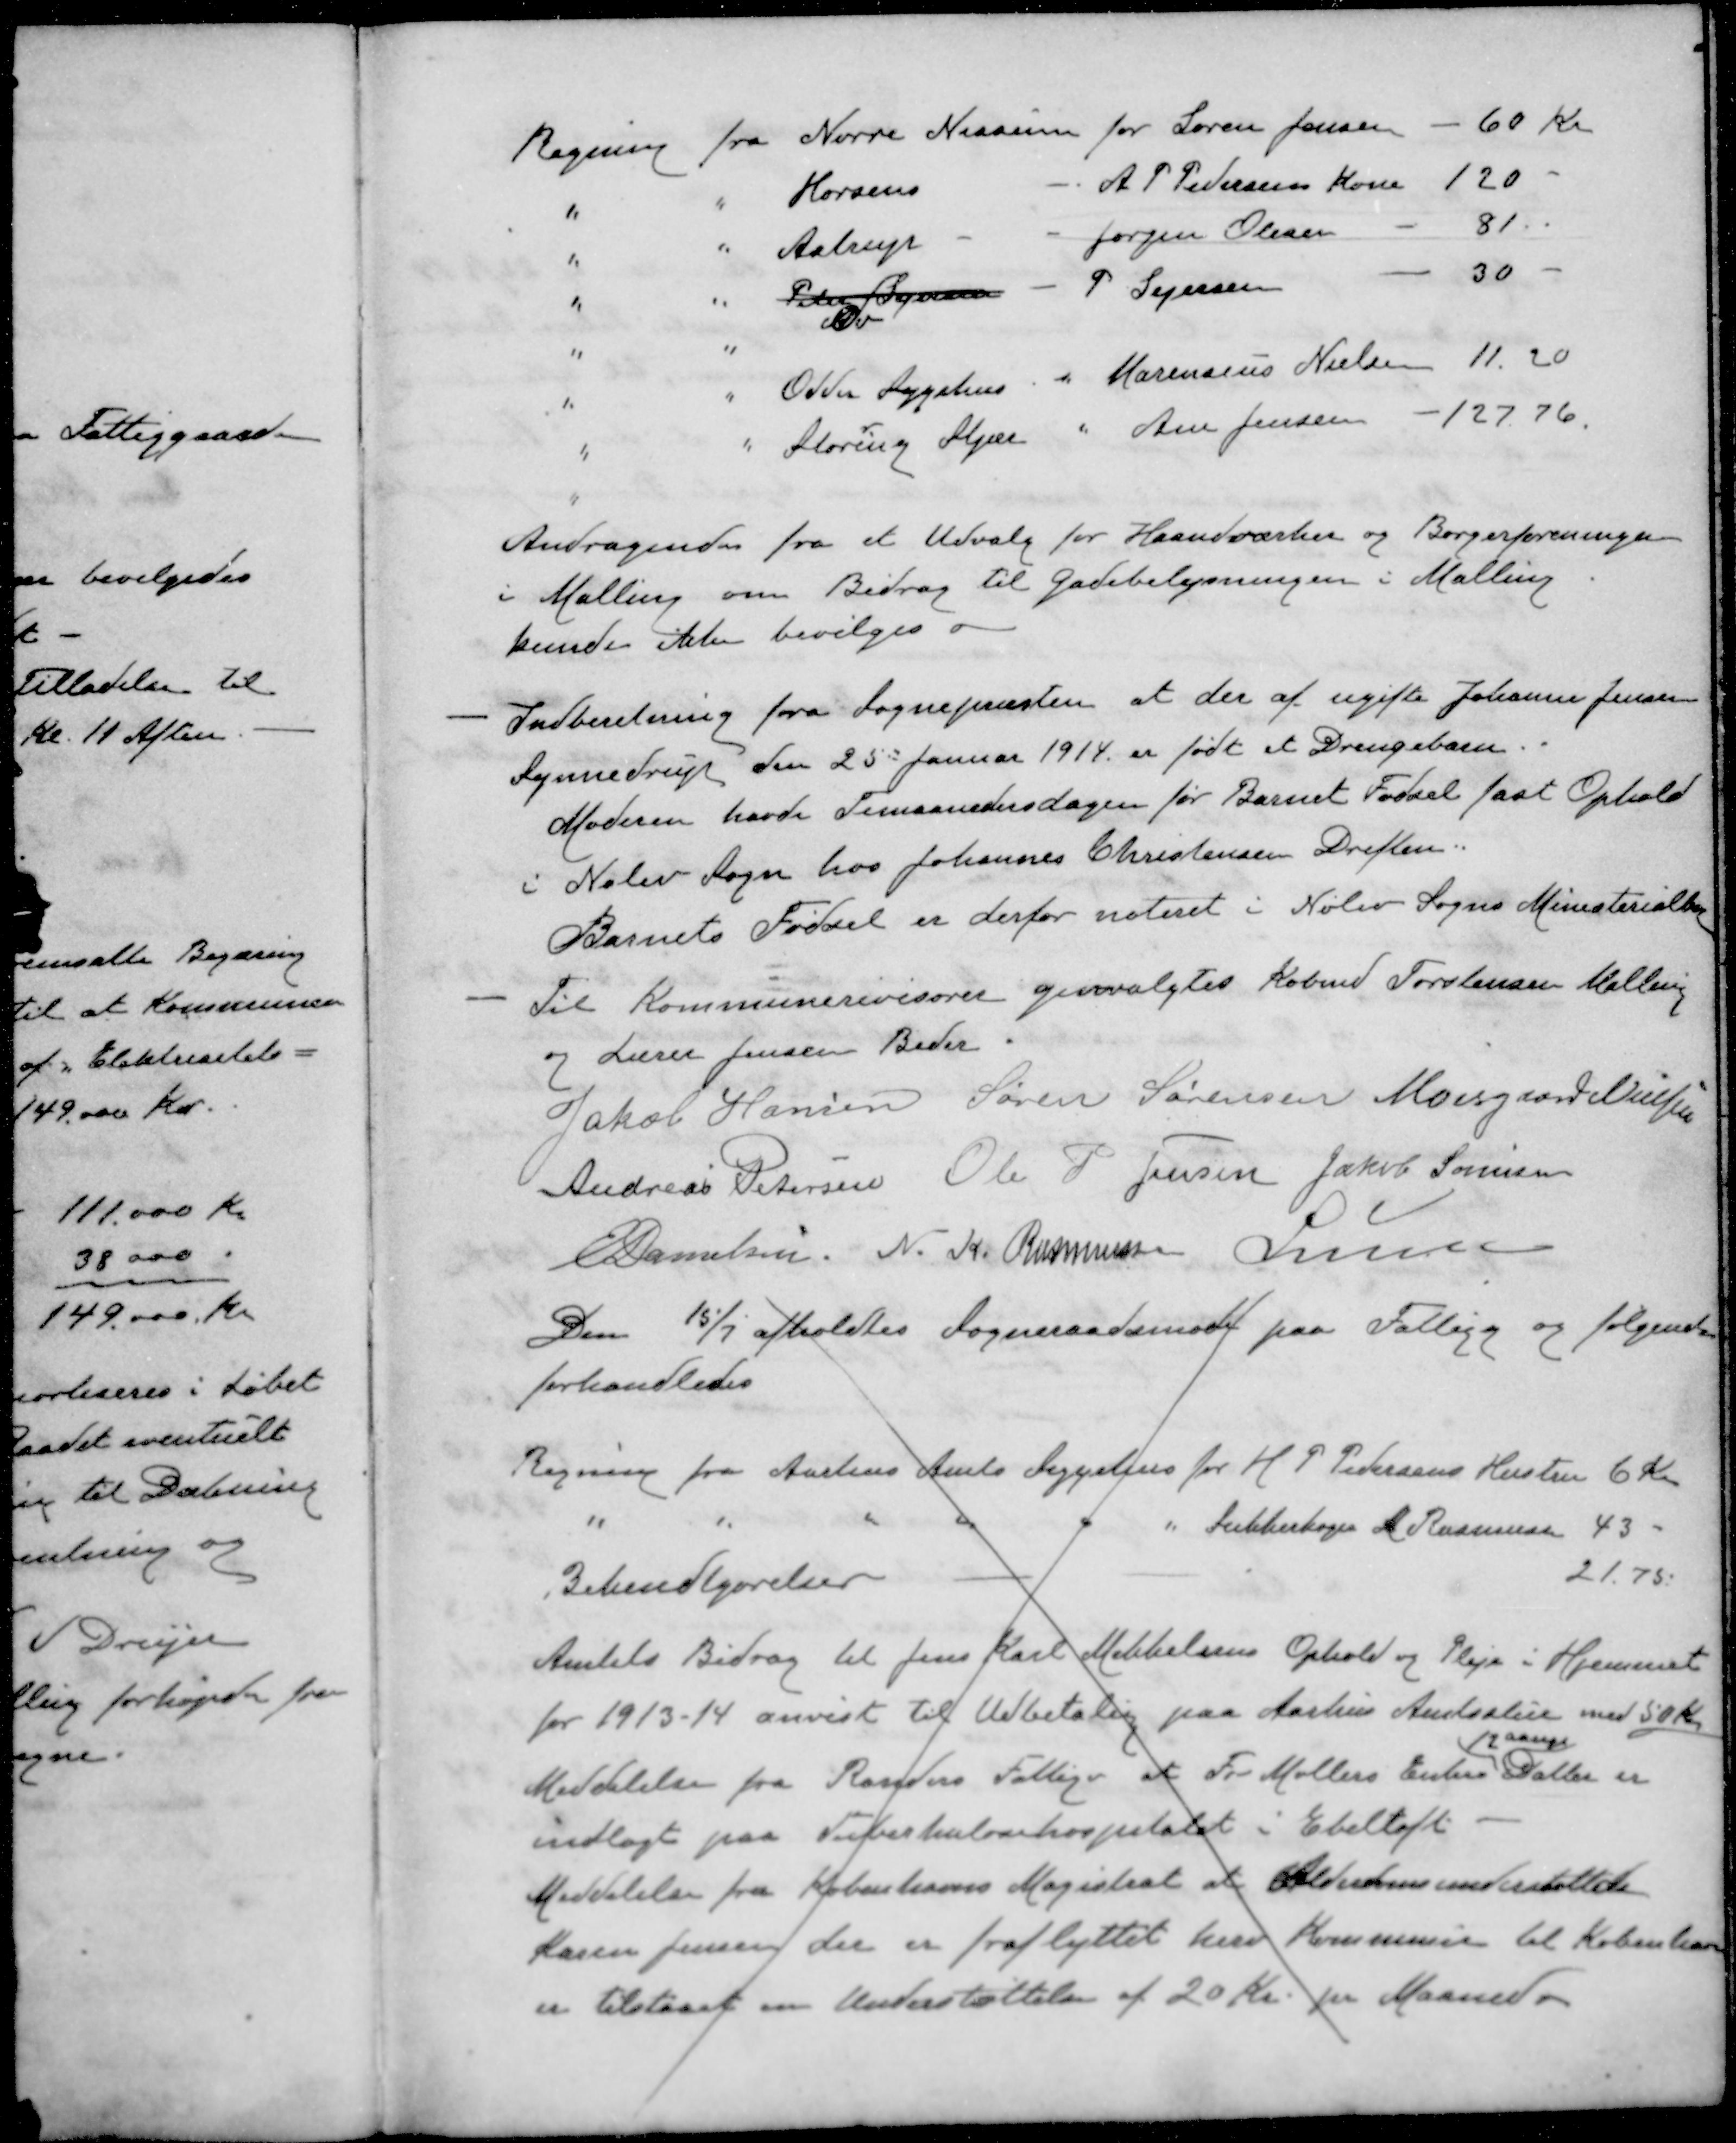
Transskription:
Regning fra Nørre Nissum for Søren Jensen - 60 Kr
" " Horsens - A P Pedersens Kone 120
" " Astrup " Jørgen Olesen - 81
" " Peder Bojesen - P Sejersen - 30 -
" " Odder Sygehus " Marensius Nielsen 11.20
" " Storing Stjær " Ane Jensen - 127.76.
Andragende fra et Udvalg for Haandværker og Borgerforeninger
i Malling om Bidrag til Gadebelysningen i Malling
kunde ikke bevilges
- Indberetning fra Sognepræsten at der af ugifte Johanne Jensen
Synnedrup den 25d Januar 1914 er født et Drengebarn
Moderen havde Timaanedersdagen for Barnet Fødsel fast Ophold
i Nølev Sogn hos Johannes Christensen Driften.
Barnets Fødsel er derfor noteret i Nølev Sogns Ministerialbog
- Til Kommunerevisorer genvalgtes Købmd Torstensen Malling
og Lærer Jensen Beder
Jakob Hansen
Søren Sørensen
Moesgaard Nielsen
Andreas Petersen
Ole P Jensen
Jakob Sørensen
E Danielsen
N. K. Rasmussen
Lunn